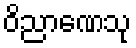
ဝိညာဏေသု